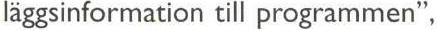
läggsinformation till programmen",